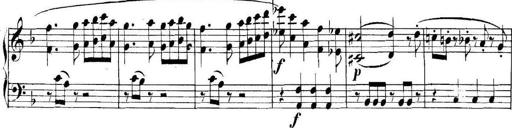
Title: Collected Piano Sonatas
Composer: Muzio Clementi